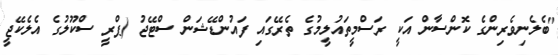
"ބެލެނިވެރިންގެ ކޮންސާން އަކީ ރަސްމީތައުލީމުގެ ތެރޭގައި ފައުންޑޭޝަން ސްޓޭޖު (ޕްރީ ސްކޫލުގެ އެލެކޭޖީ